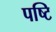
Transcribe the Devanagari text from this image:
पष्टि